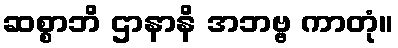
ဆစ္စာဘိ ဌာနာနိ အဘဗ္ဗ ကာတုံ။